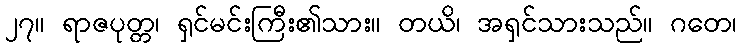
၂၇။ ရာဇပုတ္တ၊ ရှင်မင်းကြီး၏သား။ တယိ၊ အရှင်သားသည်။ ဂတေ၊